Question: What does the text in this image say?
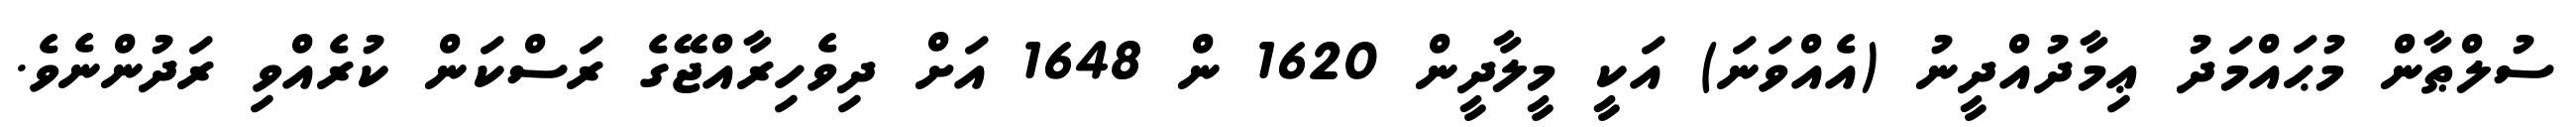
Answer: ސުލްޠާން މުޙައްމަދު ޢިމާދުއްދީނު (އެއްވަނަ) އަކީ މީލާދީން 1620 ން 1648 އަށް ދިވެހިރާއްޖޭގެ ރަސްކަން ކުރެއްވި ރަދުންނެވެ.